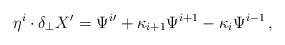
LaTeX: \begin{align*}\eta^i \cdot \delta_\perp X' = \Psi^i{}' + \kappa_{i+1} \Psi^{i+1} - \kappa_{i} \Psi^{i-1} \,,\end{align*}